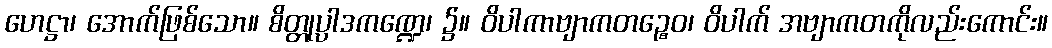
ဟေဋ္ဌာ၊ အောက်ဖြစ်သော။ စိတ္တုပ္ပါဒကဏ္ဍေ၊ ၌။ ဝိပါကာဗျာကတဉ္စေဝ၊ ဝိပါက် အဗျာကတကိုလည်းကောင်း။